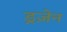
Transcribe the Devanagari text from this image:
ड्रज़ेन